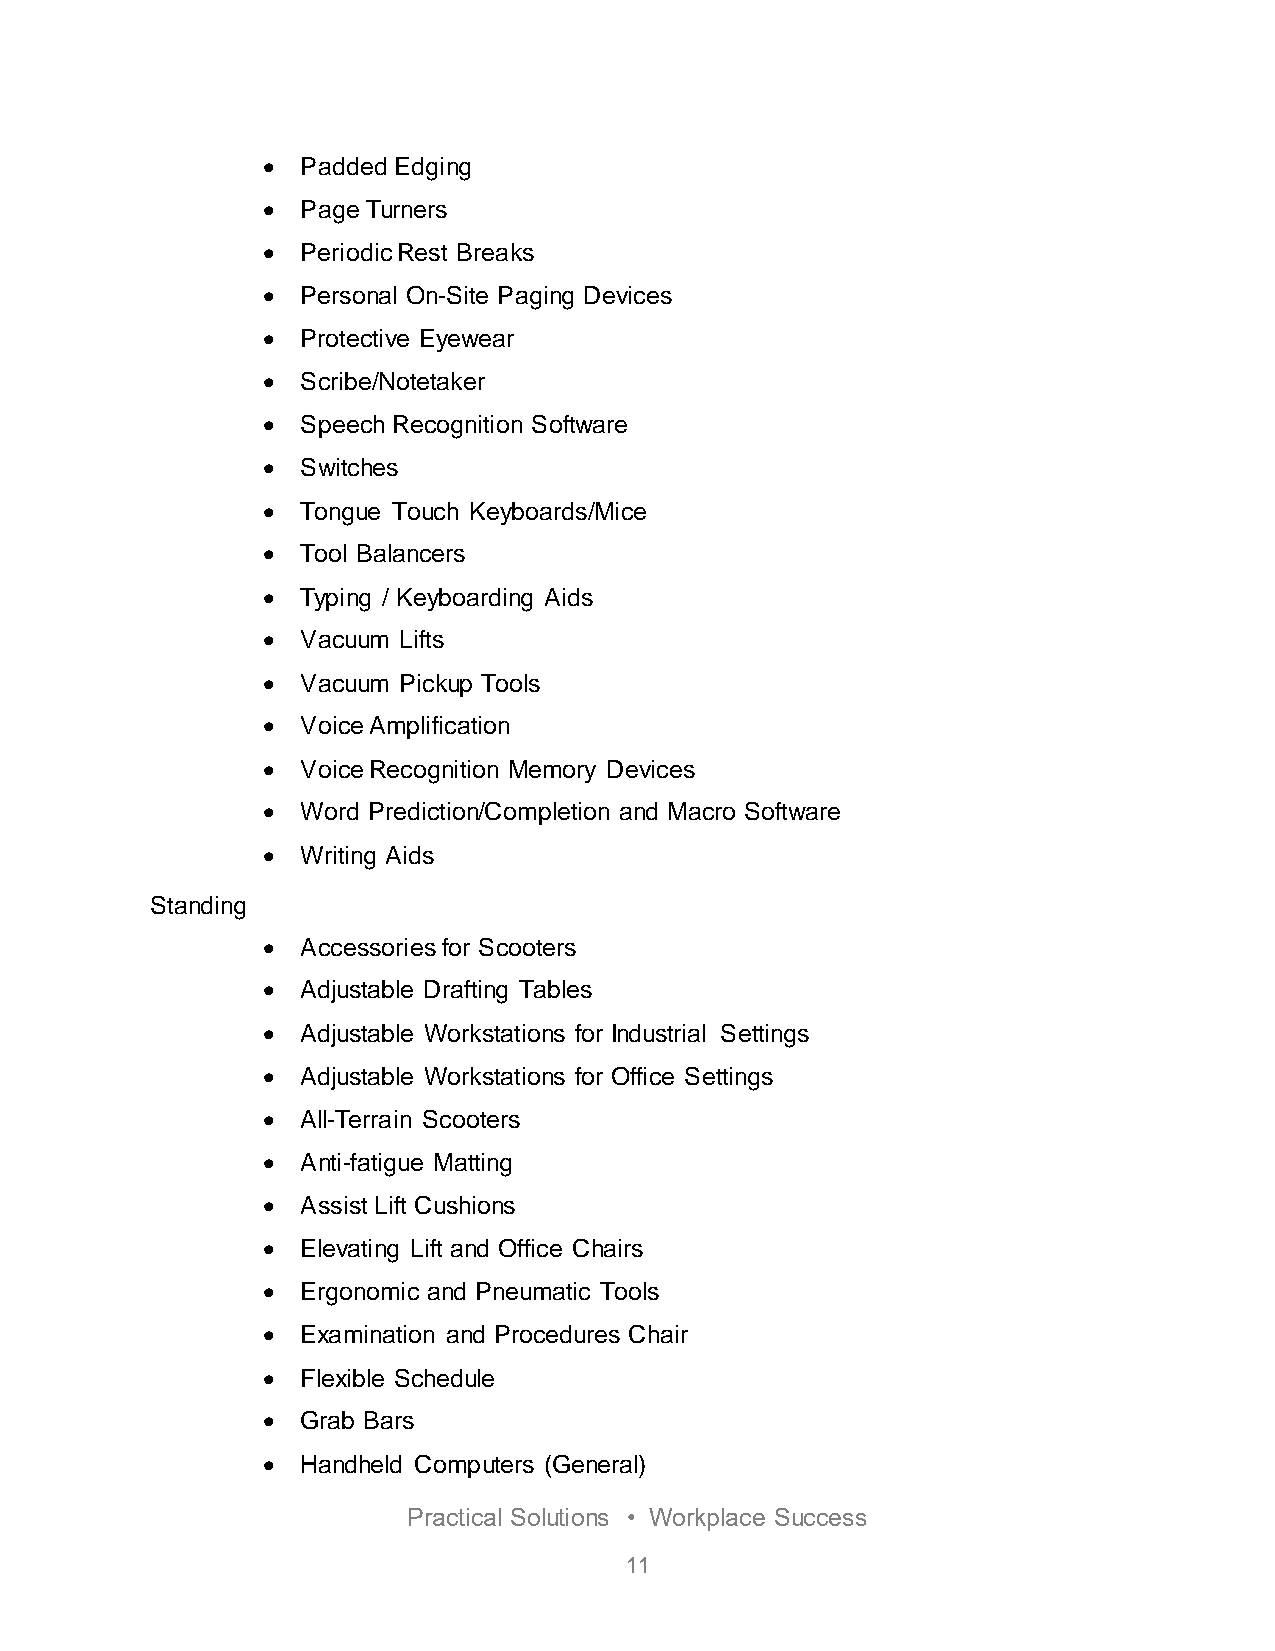
  Padded Edging
   Page Turners
   Periodic Rest Breaks
   Personal On-Site Paging Devices
   Protective Eyewear
   Scribe/Notetaker
   Speech Recognition Software
   Switches
   Tongue Touch Keyboards/Mice
   Tool Balancers
   Typing / Keyboarding Aids
   Vacuum Lifts
   Vacuum Pickup Tools
   Voice Amplification
   Voice Recognition Memory Devices
   Word Prediction/Completion and Macro Software
   Writing Aids
 Standing
   Accessories for Scooters
   Adjustable Drafting Tables
   Adjustable Workstations for Industrial Settings
   Adjustable Workstations for Office Settings
   All-Terrain Scooters
   Anti-fatigue Matting
   Assist Lift Cushions
   Elevating Lift and Office Chairs
   Ergonomic and Pneumatic Tools
   Examination and Procedures Chair
   Flexible Schedule
   Grab Bars
   Handheld Computers (General)
 Practical Solutions • Workplace Success
 11